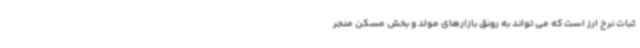
ثبات نرخ ارز است که می تواند به رونق بازارهای مولد و بخش مسکن منجر